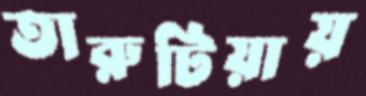
তারুটিয়ায়